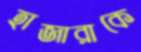
হাজারাকে